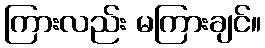
ကြားလည်း မကြားချင်။